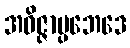
အဝိဇ္ဇာပ္ပဘေဒေ